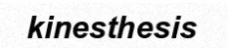
kinesthesis